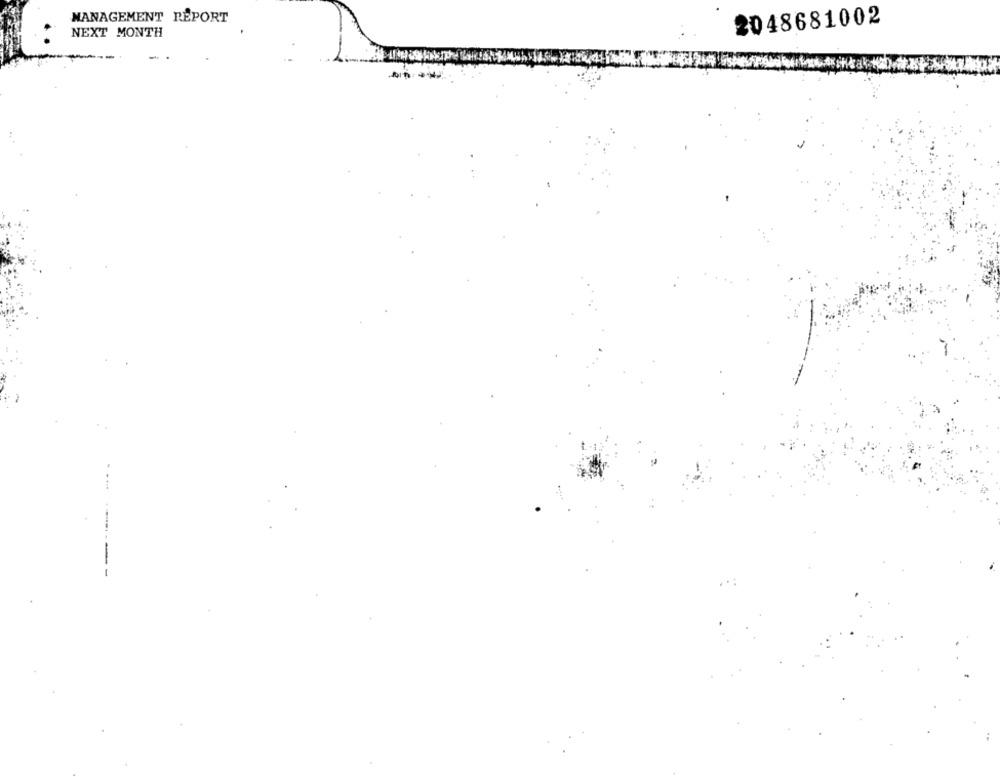
MANAGEMENT REPORT
2048681002
NEXT MONTH